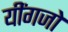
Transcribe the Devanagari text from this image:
यींगजो